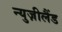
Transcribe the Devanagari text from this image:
न्युज़ीलैंड